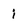
Character: i